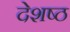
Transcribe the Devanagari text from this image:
देशष्ठ